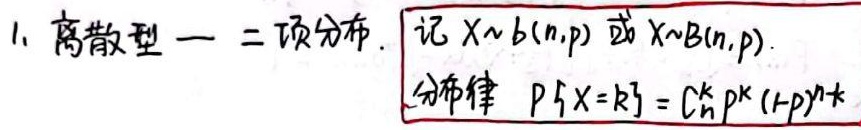
1. 离散型——二项分布. 记 $X\sim b(n,p)$ 或 $X\sim B(n,p)$.
分布律 $P\{X = k\} = C_{n}^{k}p^{k}(1 - p)^{n - k}$